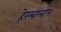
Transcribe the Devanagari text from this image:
हेरम्बालाल